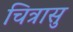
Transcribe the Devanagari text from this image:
चित्रासु